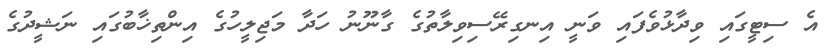
އެ ސިޓީގައި ވިދާޅުވެފައި ވަނީ އިނގިރޭސިވިލާތުގެ ގާނޫނު ހަދާ މަޖިލީހުގެ އިންތިޚާބުގައި ނަޝީދުގެ